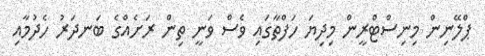
ޕްލޭނިން މިނިސްޓްރީން މިދިޔަ ހަފްތާގައި ވެސް ވަނީ ތިން ރަށެއްގެ ބަނދަރު ހެދުމާއި